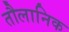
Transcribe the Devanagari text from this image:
तौलानिक